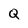
Character: Q